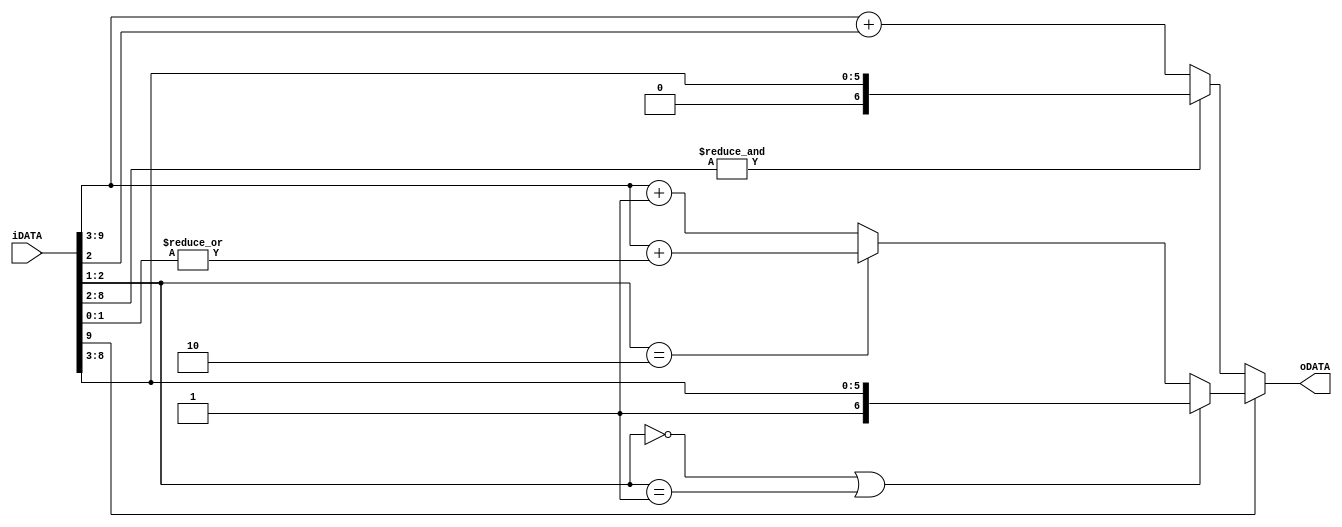
//********************************************************************************************************
//*
//*  Title             : Round design
//*  File Name         : Round_2b.v
//*  Author            : JaeYoung Roh(Email: rohjy1002@kau.ac.kr)
//*  Related document  : TM-2008-XX-XX.hwp/doc/ppt/vsd
//*  Organization      : SoC Design Lab.
//*                      School of Electrics, Telecommunications and Computer Engineering (ETCE)
//*                      Korea Aerospace University (KAU)
//*
//*  Simulator         : ModelSim SE 6.2d
//*  Synthesizer       : Synopsys 2004 SP2
//*
//*  Created date      : 2008-10-07
//*  Last updated date : 2008-xx-xx
//*  Update notice     : {date} - {comments}
//*
//*  Version           : Ver0.0
//*
//********************************************************************************************************/

`timescale 1 ns / 100 ps

module ROUND_2B(iDATA,
                oDATA);
    
    parameter IL = 10;
    parameter OL = 7;
    parameter RL = IL - OL;
    
    input [IL-1:0] iDATA;
    output [OL-1:0] oDATA;
    
    wire [1:0] sel = iDATA[RL-1:RL-2];
    
    // to prevent overflow
    // plus round
    // minus round
    assign oDATA = (iDATA[IL-1] == 0) ?
    (&iDATA[IL-2:RL-1]) ?
    (iDATA[IL-1:RL]) :
    (iDATA[IL-1:RL]+iDATA[RL-1]) :
    (sel == 2'b00 || sel == 2'b01) ?
    (iDATA[IL-1:RL]) :
    (sel == 2'b10) ?
    (iDATA[IL-1:RL]+|(iDATA[RL-2:0])) : (iDATA[IL-1:RL]+1'b1);
    
endmodule